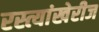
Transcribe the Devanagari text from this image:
रस्त्यांखेरीज